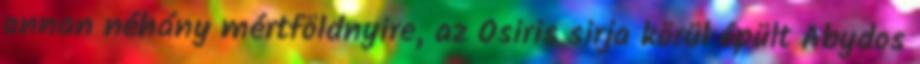
onnan néhány mértföldnyire, az Osiris sirja körül épült Abydos